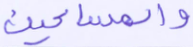
والمساكين